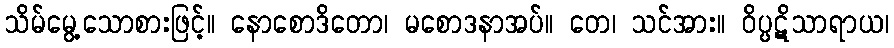
သိမ်မွေ့သောစားဖြင့်။ နောစောဒိတော၊ မစောဒနာအပ်။ တေ၊ သင်အား။ ဝိပ္ပဋိသာရာယ၊